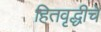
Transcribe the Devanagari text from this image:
हितवृद्धीचे